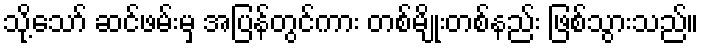
သို့သော် ဆင်ဖမ်းမှ အပြန်တွင်ကား တစ်မျိုးတစ်နည်း ဖြစ်သွားသည်။